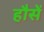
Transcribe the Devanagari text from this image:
हौसें